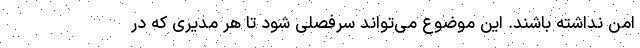
امن نداشته باشند. این موضوع می‌تواند سرفصلی شود تا هر مدیری که در